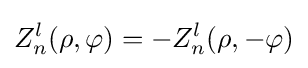
Z_{n}^{l}(\rho ,\varphi )=-Z_{n}^{l}(\rho ,-\varphi )